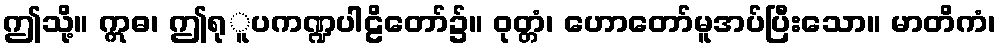
ဤသို့။ ဣဓ၊ ဤရုူပကဏ္ဍပါဠိတော်၌။ ဝုတ္တံ၊ ဟောတော်မူအပ်ပြီးသော။ မာတိကံ၊